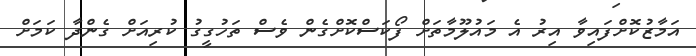
އަމާޒުކޮށްފައިވާ އިރު އެ މައުލޫމާތަށް ފޯކަސްކޮށްގެން ވެސް ތަހުގީގު ކުރިއަށް ގެންދާ ކަމަށް